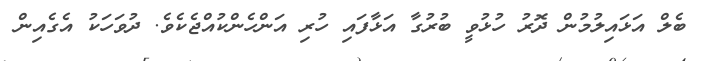
ބެލް އަޅައިލުމުން ދޮރު ހުޅުވީ ބުރުގާ އަޅާފައި ހުރި އަންހެންކުއްޖެކެވެ. ދުވަހަކު އެގެއިން